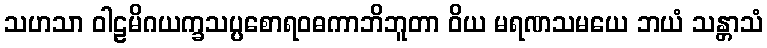
သဟသာ ဝါဠမိဂယက္ခသပ္ပစောရဝဓကာဘိဘူတာ ဝိယ မရဏသမယေ ဘယံ သန္တာသံ